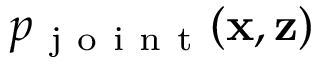
p _ { \mathrm { ~ j ~ o ~ i ~ n ~ t ~ } } ( \mathbf { x } , \mathbf { z } )